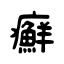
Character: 癬